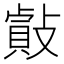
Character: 𢿡